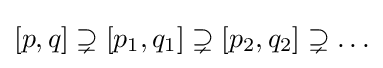
[p,q]\supsetneq [p_{1},q_{1}]\supsetneq [p_{2},q_{2}]\supsetneq \ldots